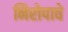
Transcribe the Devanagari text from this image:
निरोपावे